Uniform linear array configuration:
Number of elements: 64
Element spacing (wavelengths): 0.75
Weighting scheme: uniform
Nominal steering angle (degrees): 30
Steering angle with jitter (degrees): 29.447
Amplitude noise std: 0.05
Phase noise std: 0.05

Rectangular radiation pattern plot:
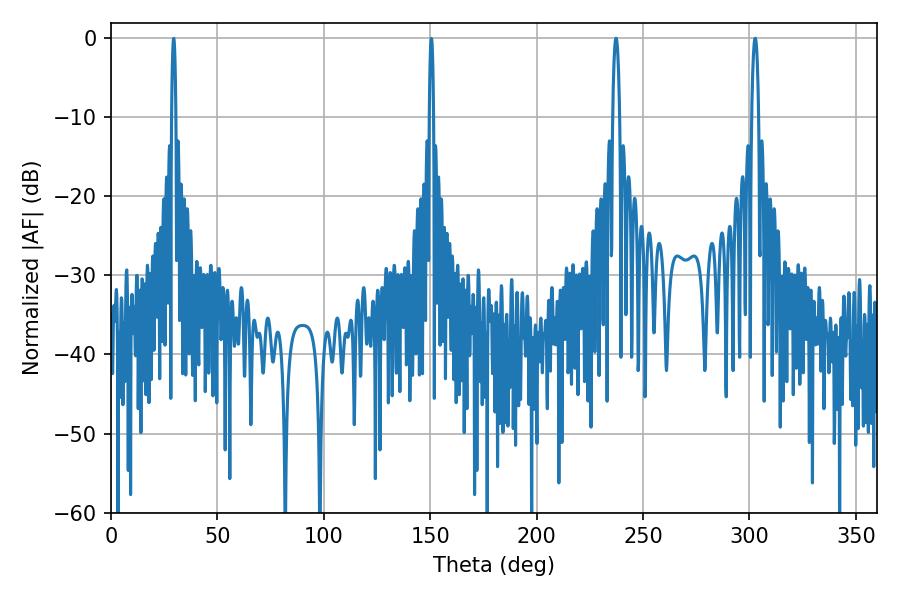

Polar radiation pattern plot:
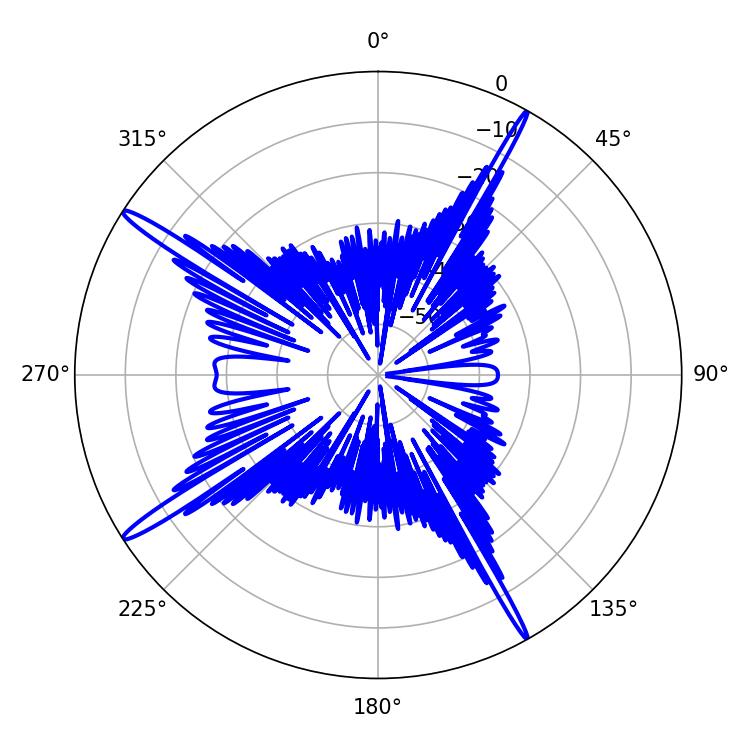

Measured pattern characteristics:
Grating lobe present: TRUE
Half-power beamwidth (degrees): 1.62
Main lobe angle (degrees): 302.76